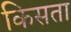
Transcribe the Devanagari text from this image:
किसता